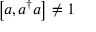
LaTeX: \left[ a , a ^ { \dagger } a \right] \neq 1